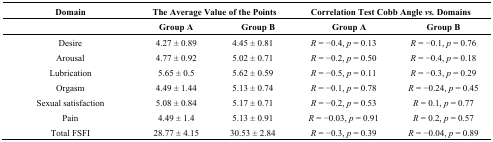
| Domain | <COLSPAN=2> The Average Value of the Points | <COLSPAN=2> Correlation Test Cobb Angle vs. Domains |
 |  | Group A | Group B | Group A | Group B |
 | --- | --- | --- | --- | --- |
 | Desire | 4.27 ± 0.89 | 4.45 ± 0.81 | R = −0.4, p = 0.13 | R = −0.1, p = 0.76 |
 | Arousal | 4.77 ± 0.92 | 5.02 ± 0.71 | R = −0.2, p = 0.50 | R = −0.4, p = 0.18 |
 | Lubrication | 5.65 ± 0.5 | 5.62 ± 0.59 | R = −0.5, p = 0.11 | R = −0.3, p = 0.29 |
 | Orgasm | 4.49 ± 1.44 | 5.13 ± 0.74 | R = −0.1, p = 0.78 | R = −0.24, p = 0.45 |
 | Sexual satisfaction | 5.08 ± 0.84 | 5.17 ± 0.71 | R = −0.2, p = 0.53 | R = 0.1, p = 0.77 |
 | Pain | 4.49 ± 1.4 | 5.13 ± 0.91 | R = −0.03, p = 0.91 | R = 0.2, p = 0.57 |
 | Total FSFI | 28.77 ± 4.15 | 30.53 ± 2.84 | R = −0.3, p = 0.39 | R = −0.04, p = 0.89 |